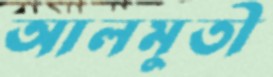
আলমুতী